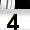
Digit: 3